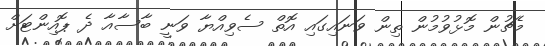
މެޗުން މޮޅުވުމުން ތިން ވަނައިގައި އޮތް ސެވިއްޔާ ވަނީ ބާސާއާ ދެ ޕޮއިންޓަށް